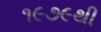
૧૯૭૯થી